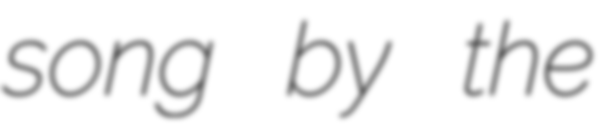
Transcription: song by the